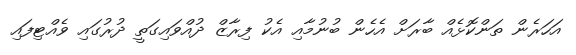
އަހަރެން ތަންކޮޅެއް ބާރަށް އެހެން ބުނުމާއި އެކު ފިރާޒް ދުއްވައިގަތީ ދުރުގައި ވެއްޓިފައި